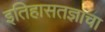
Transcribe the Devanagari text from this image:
इतिहासतज्ञांचा